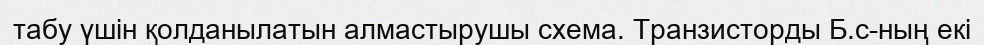
табу үшін қолданылатын алмастырушы схема. Транзисторды Б.с-ның екі